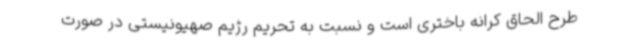
طرح الحاق کرانه باختری است و نسبت به تحریم رژیم صهیونیستی در صورت